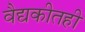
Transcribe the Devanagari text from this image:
वैद्यकीतही